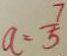
a = \frac { 7 } { 5 }